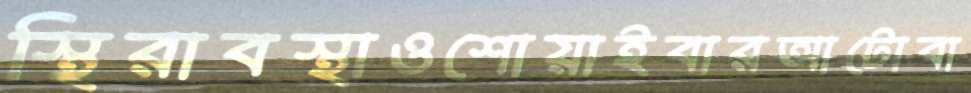
স্থিরাবস্থাওশোয়াইবারআটোবা